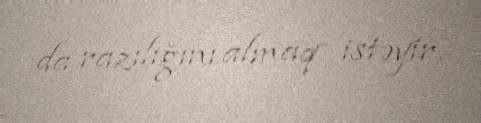
da razılığını almaq istəyir.